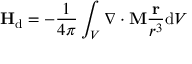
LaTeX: \mathbf { H } _ { \mathrm { d } } = - { \frac { 1 } { 4 \pi } } \int _ { V } \nabla \cdot \mathbf { M } { \frac { \mathbf { r } } { r ^ { 3 } } } \mathrm { d } V